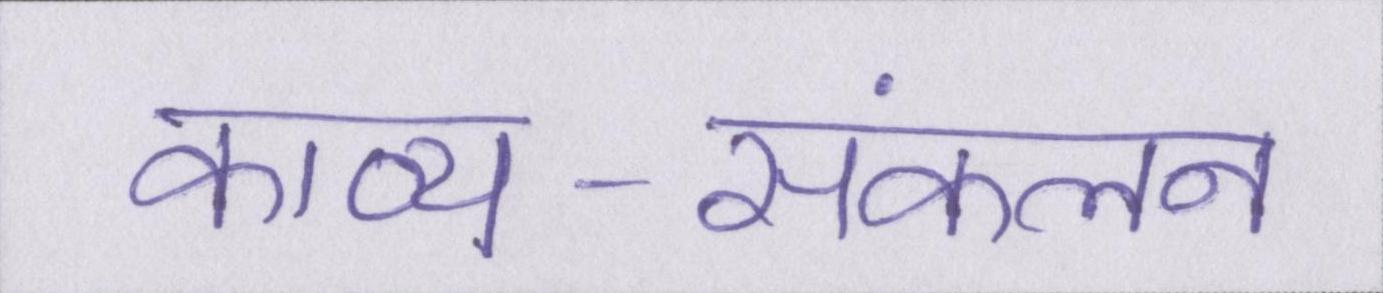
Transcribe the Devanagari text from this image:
काव्य-संकलन